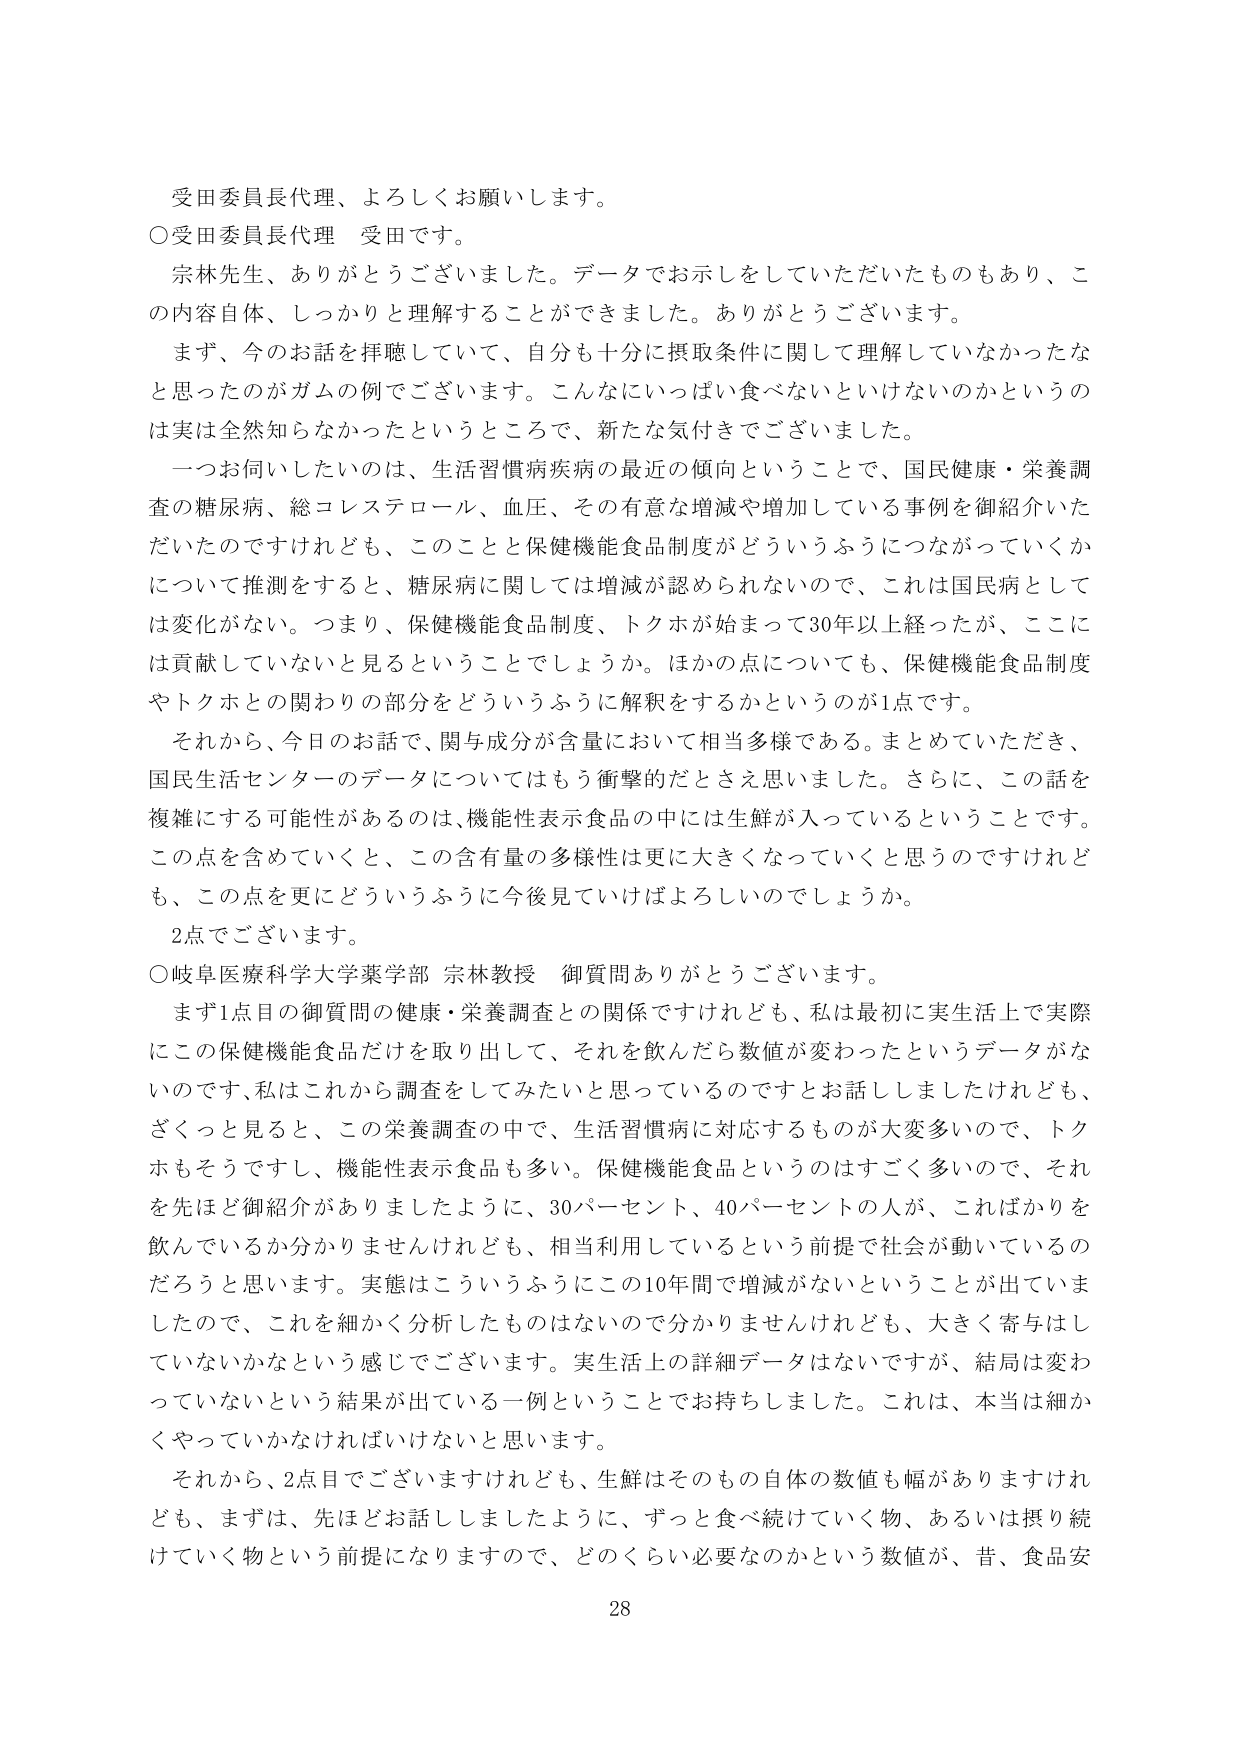
受田委員長代理、よろしくお願いします。

○受田委員長代理　受田です。

宗林先生、ありがとうございました。データでお示しをしていただいたものもあり、この内容自体、しっかりと理解することができました。ありがとうございます。

まず、今のお話を拝聴していて、自分も十分に摂取条件に関して理解していなかったなと思ったのがガムの例でございます。こんなにいっぱい食べないといけないのかというのは実は全然知らなかったというところで、新たな気付きでございました。

一つお伺いしたいのは、生活習慣疾病の最近の傾向ということで、国民健康・栄養調査の糖尿病、総コレステロール、血圧、その有意な増減や増加している事例を御紹介いただいたのですけれども、このことと保健機能食品制度がどういうふうにつながっていくかについて推測をすると、糖尿病に関しては増減が認められないので、これは国民病としては変化がない。つまり、保健機能食品制度、トクホが始まって30年以上経ったが、ここには貢献していないと見るということでしょうか。ほかの点についても、保健機能食品制度やトクホとの関わりの部分をどういうふうに解釈をするかというのが1点です。

それから、今日のお話で、関与成分が含量において相当多様である。まとめていただき、国民生活センターのデータについてはもう衝撃的だとさえ思いました。さらに、この話を複雑にする可能性があるのは、機能性表示食品の中には生鮮が入っているということです。この点を含めていくと、この含有量の多様性は更に大きくなっていくと思うのですけれども、この点を更にどういうふうに今後見ていけばよろしいのでしょうか。

2点でございます。

○岐阜医療科学大学薬学部 宗林教授　御質問ありがとうございます。

まず1点目の御質問の健康・栄養調査との関係ですけれども、私は最初に実生活上で実際にこの保健機能食品だけを取り出して、それを飲んだら数値が変わったというデータがないのです、私はこれから調査をしてみたいと思っているのですとお話ししましたけれども、ざくっと見ると、この栄養調査の中で、生活習慣病に対応するものが大変多いので、トクホもそうですし、機能性表示食品も多い。保健機能食品というのはすごく多いので、それを先ほど御紹介がありましたように、30パーセント、40パーセントの人が、こればかりを飲んでいるか分かりませんけれども、相当利用しているという前提で社会が動いているのだろうと思います。実態はこういうふうにこの10年間で増減がないということが出ていましたので、これを細かく分析したものはないので分かりませんけれども、大きく寄与はしていないかなという感じでございます。実生活上の詳細データはないですが、結局は変わっていないという結果が出ている一例ということでお持ちしました。これは、本当は細かくやっていかなければいけないと思います。

それから、2点目でございますけれども、生鮮はそのもの自体の数値も幅がありますけれども、まずは、先ほどお話ししましたように、ずっと食べ続けていく物、あるいは摂り続けていく物という前提になりますので、どのくらい必要なのかという数値が、昔、食品安

28